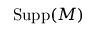
\operatorname { S u p p } ( M )